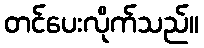
တင်ပေးလိုက်သည်။